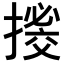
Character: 𢳼